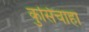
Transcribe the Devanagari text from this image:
कुसिचाहा